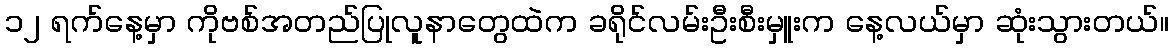
၁၂ ရက်နေ့မှာ ကိုဗစ်အတည်ပြုလူနာတွေထဲက ခရိုင်လမ်းဦးစီးမှူးက နေ့လယ်မှာ ဆုံးသွားတယ်။